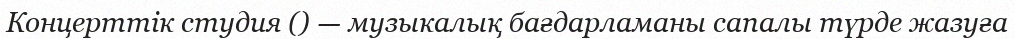
Концерттік студия () — музыкалық бағдарламаны сапалы түрде жазуға